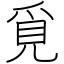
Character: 覓